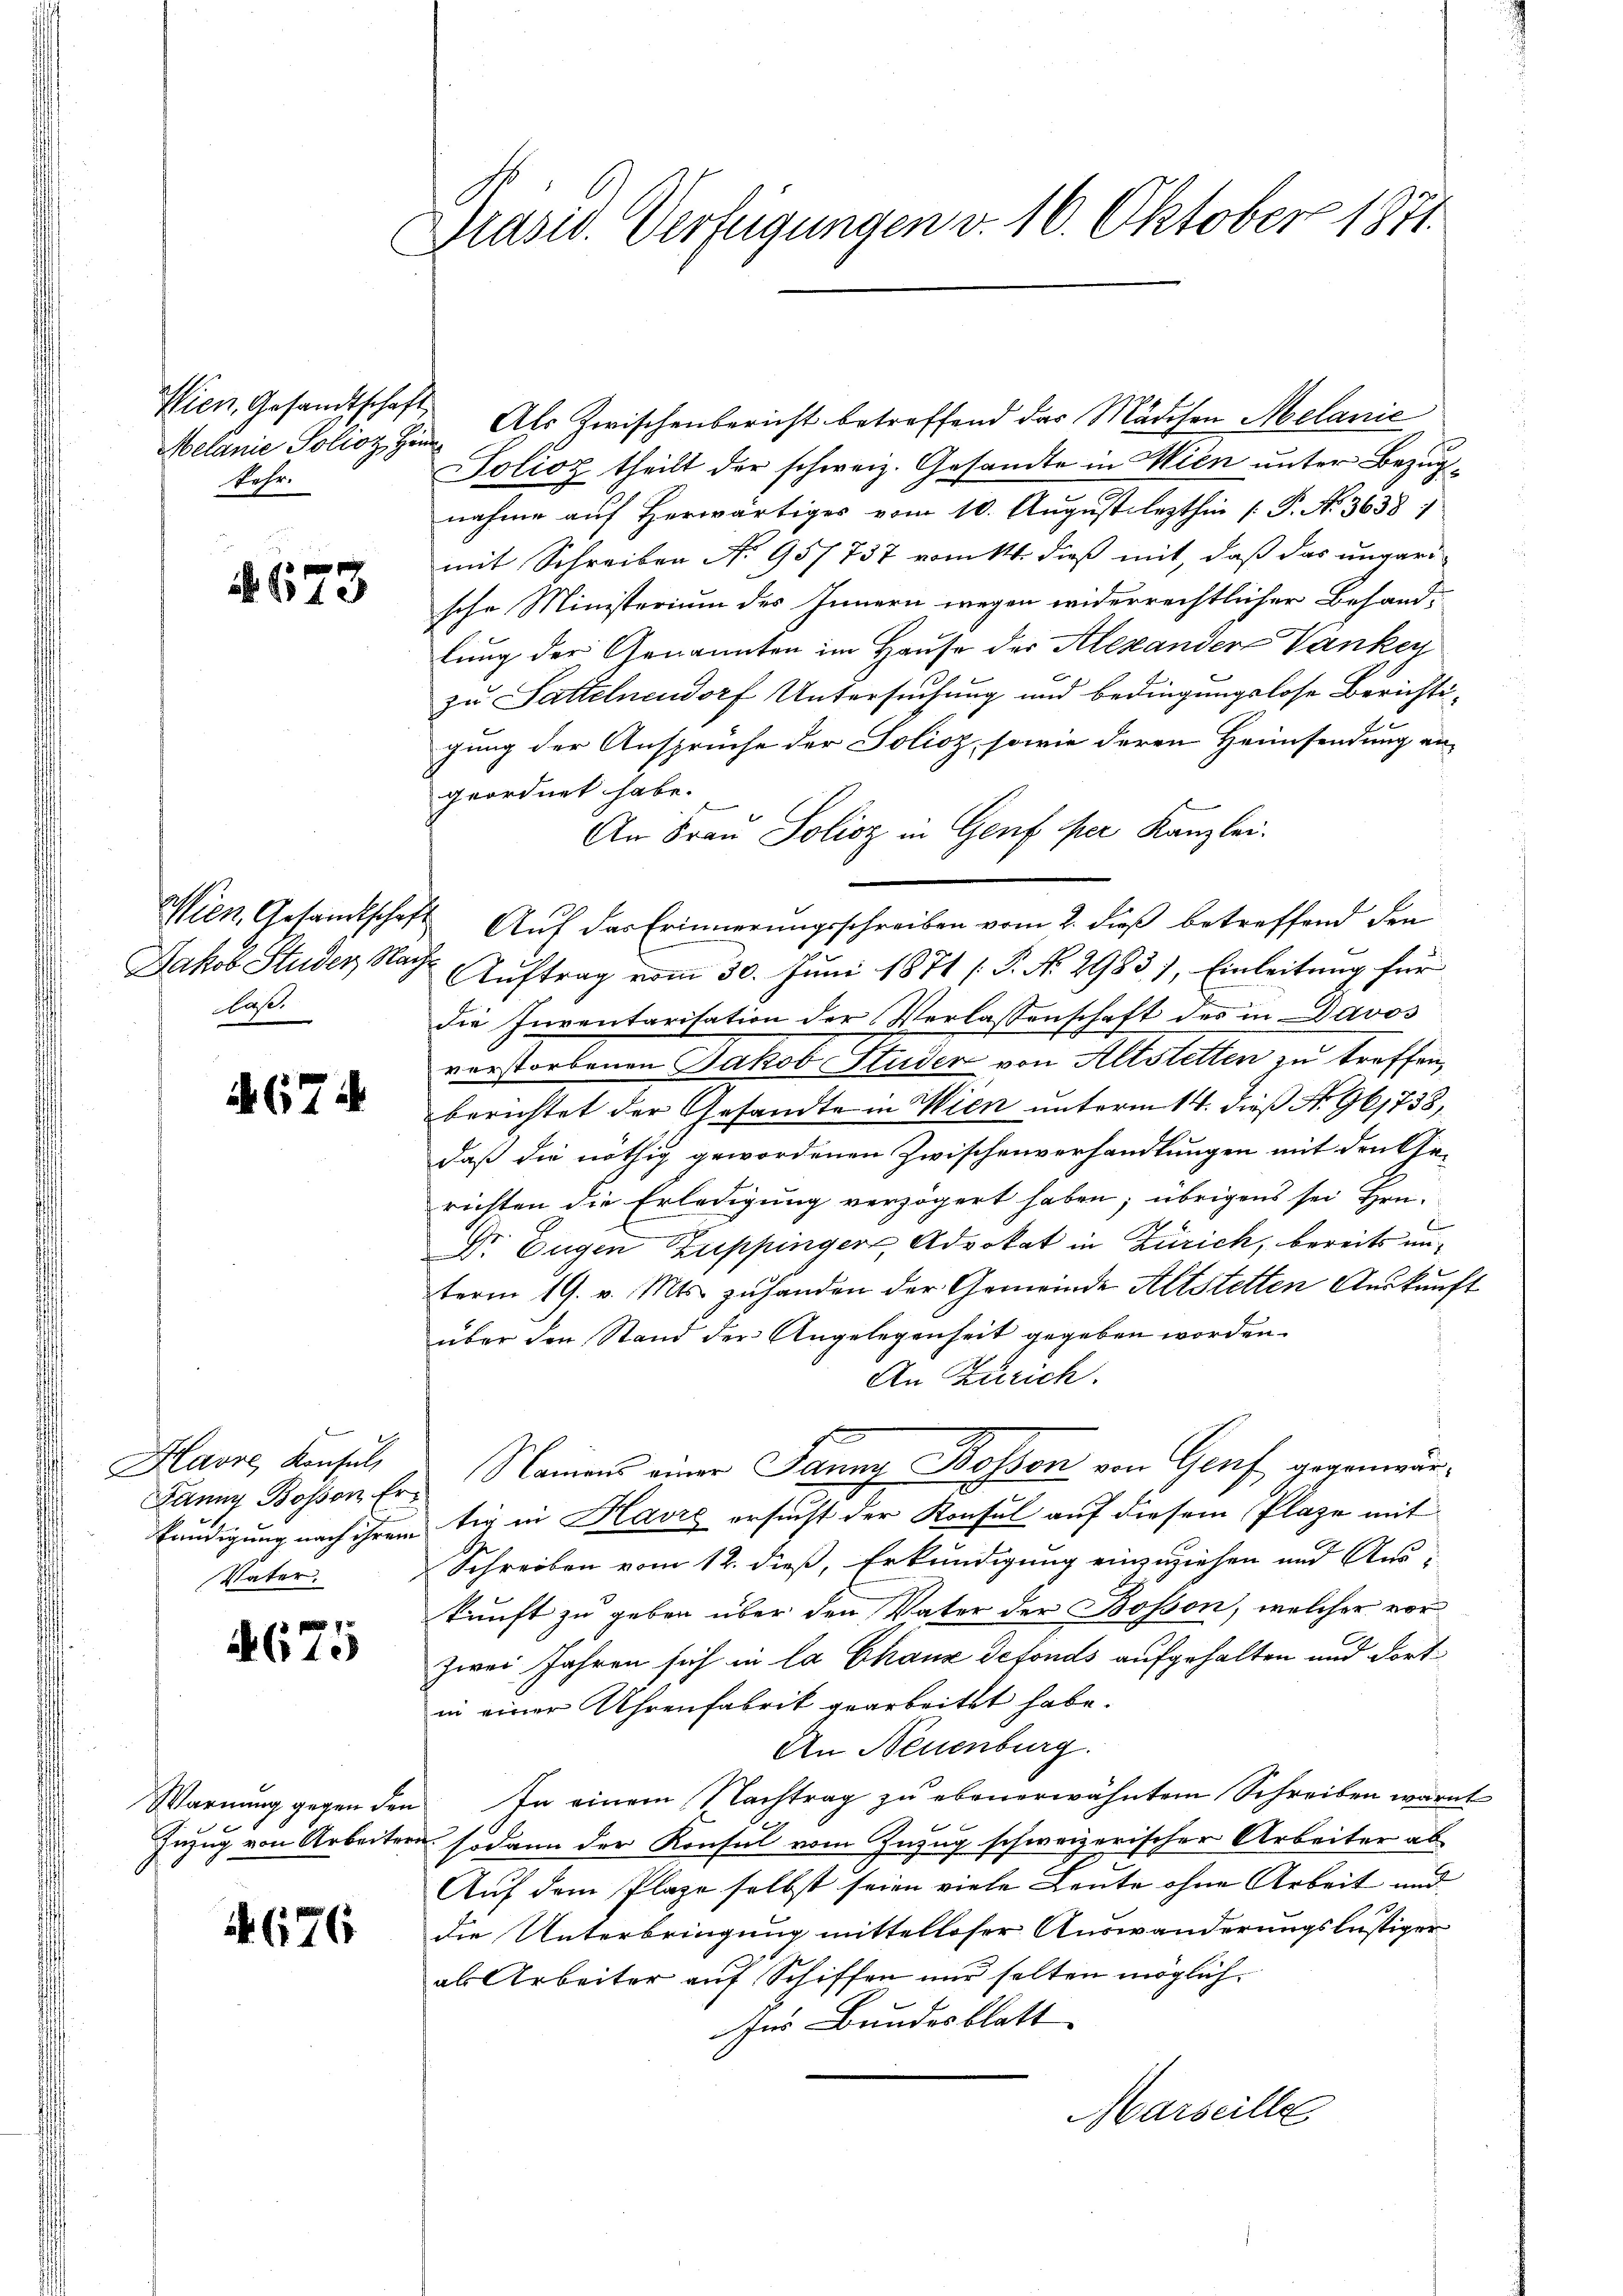
Melanie Polioz, Hin
kehr.

673

Wien, Gesandtschaft
Jakob Studer, Nachhast.

A.674

Havre, Konsul,
Fanny Bosson Erkundigung nach ihrem
t
Vater.

4675

Warnung gegen den
0
Zuzug von Arbeitern

1676

Präsid. Verfügungen v. 16. Oktober 1871.

Wien Gesandtschaft. Als Zwischenbericht betreffend das Mädchen Melanić
Solioz theilt der schweiz. Gesandte in Wien unter Bezugnahme auf herwärtiges vom 10. August lezthin [P. N. 3638. 1
mit Schreiben No 957 737 vom 11. dieß mit, daß das ungari-
sche Ministerium des Innern wegen widerrechtlicher Behandlung der Genannten im Hause der Alexander-Vanken
zu Sattenendorf Untersuchung und bedingungslose Berichti-
gung der Ansprüche der Solioz, sowie deren Heimsendung an-
geordnet habe.
An Frau Policz in Genf per Kanzlei.
Auf das Erinnerungsschreiben vom 2. dieß betreffend den
Auftrag vom 30. Juni 1871 [P. No 2983), Einleitung für
die Inventarisation der Verlassenschaft des in Davos
verstorbenen Jakob Studen von Altstetten zu treffen,
berichtet der Gesandte in Wien unterm 14. dieß No 961738,
daß die nöthig gewordenen Zwischenverhandlungen mit drüksen
richten die Erledigung verzögert haben; übrigens sei Hrn.
Dr Eugen Zuppinger, Advokat in Zürich, bereits unterm 19. v. Mts. zuhanden der Gemeinde Altstetten Auskunft
über den Stand der Angelegenheit gegeben worden.
An Zürich.
e
Namens einer Janny Bossen von Genf gegenwärtig in Havre ersucht der Konsul auf diesem Plaze mit
Schreiben vom 12. dieß, Erkundigung einzuziehen und Aus-
kunft zu geben über den Vater der Bosson, welcher vor
zwei Jahren sich in la Chaux defonds aufgehalten und dort
in einer Uhrenfabrik gearbeitet habe.
An Neuenburg.
In einem Nachtrag zu ebenerwähntem Schreiben warnt
sodann der Konsul vom Zuzug schweizerischer Arbeiter ab
Auf dem Plaze selbst seien viele Leute ohne Arbeit und
die Unterbringung mittelloser Auswanderungslustiger
als Arbeiter auf Schiffen nur halten möglich¬
Zur Bundesblatt
Marseille